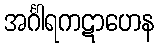
အင်္ဂါရကဋာဟေန